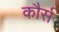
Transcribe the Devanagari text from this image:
कौर्स